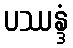
ပဿန္ဒံ